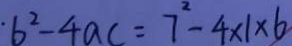
\cdot b ^ { 2 } - 4 a c = 7 ^ { 2 } - 4 \times 1 \times 6